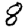
Digit: 8